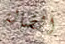
الضالة